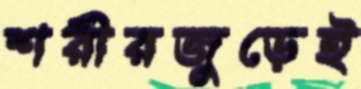
শরীরজুড়েই